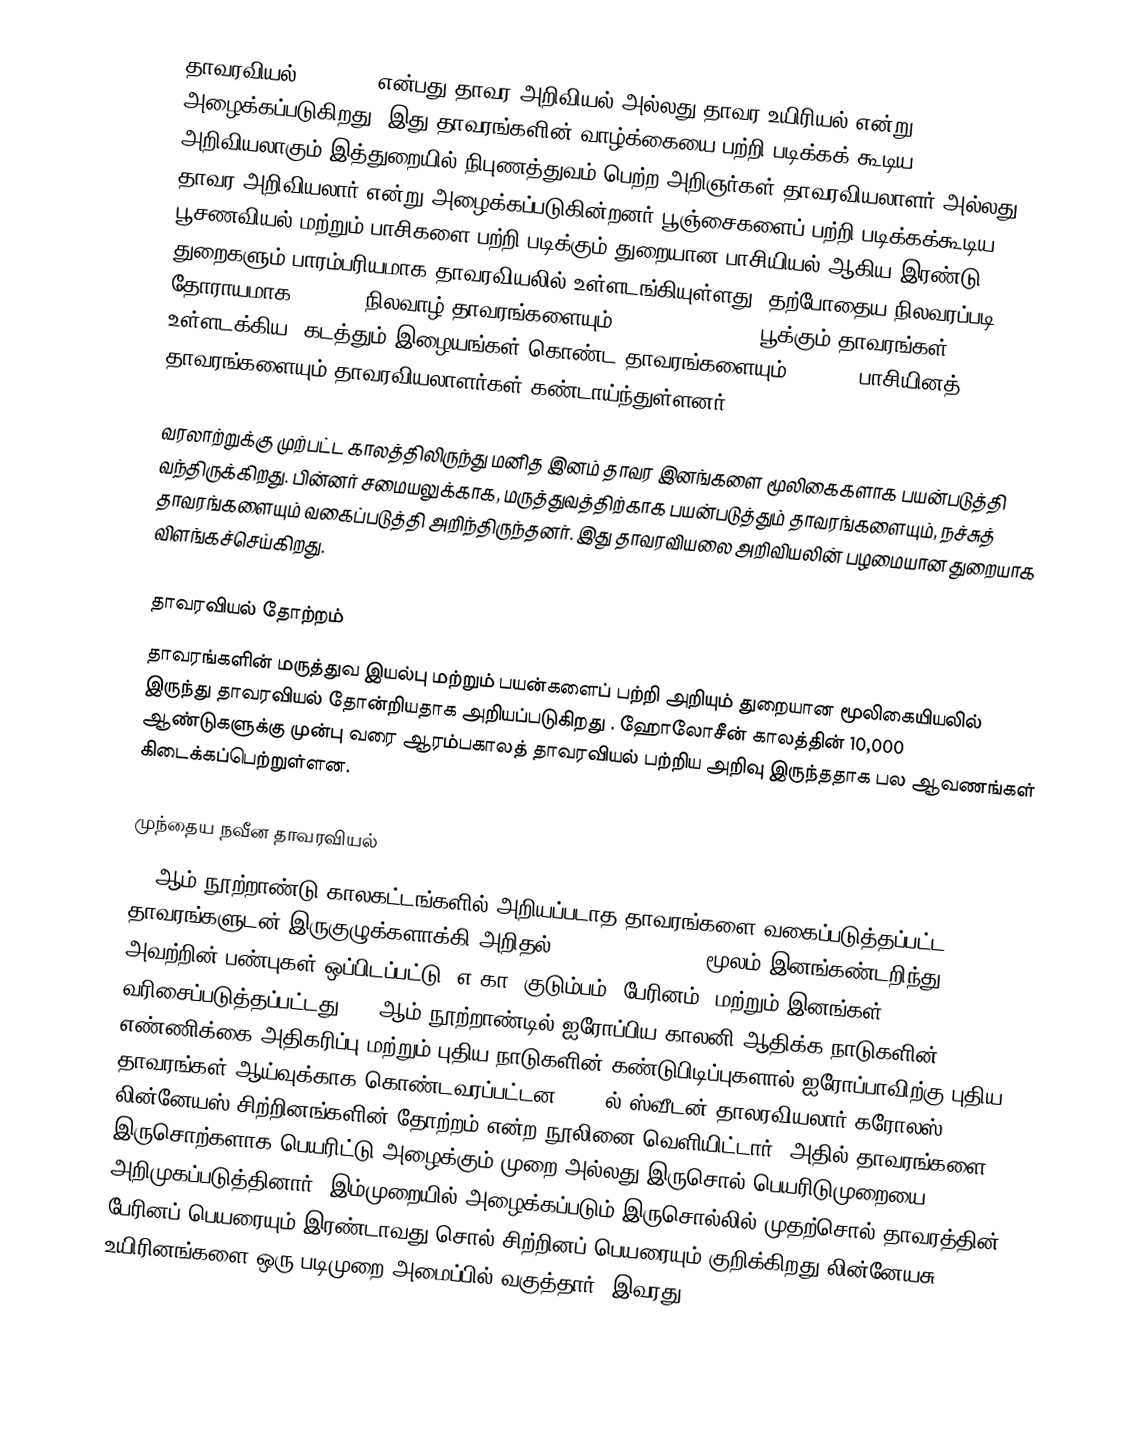
தாவரவியல் (Botany) என்பது தாவர அறிவியல் அல்லது தாவர உயிரியல் என்று அழைக்கப்படுகிறது. இது தாவரங்களின் வாழ்க்கையை பற்றி படிக்கக் கூடிய அறிவியலாகும்.இத்துறையில் நிபுணத்துவம் பெற்ற அறிஞர்கள் தாவரவியலாளர் அல்லது தாவர அறிவியலார் என்று அழைக்கப்படுகின்றனர்.பூஞ்சைகளைப் பற்றி படிக்கக்கூடிய பூசணவியல் மற்றும் பாசிகளை பற்றி படிக்கும் துறையான பாசியியல் ஆகிய இரண்டு துறைகளும் பாரம்பரியமாக தாவரவியலில் உள்ளடங்கியுள்ளது. தற்போதைய நிலவரப்படி தோராயமாக 410,000 நிலவாழ் தாவரங்களையும் 391,000 (369,000 பூக்கும் தாவரங்கள் உள்ளடக்கிய) கடத்தும் இழையங்கள் கொண்ட தாவரங்களையும், 20,000 பாசியினத் தாவரங்களையும் தாவரவியலாளர்கள் கண்டாய்ந்துள்ளனர்.

வரலாற்றுக்கு முற்பட்ட காலத்திலிருந்து மனித இனம் தாவர இனங்களை மூலிகைகளாக பயன்படுத்தி வந்திருக்கிறது. பின்னர் சமையலுக்காக, மருத்துவத்திற்காக பயன்படுத்தும் தாவரங்களையும், நச்சுத் தாவரங்களையும் வகைப்படுத்தி அறிந்திருந்தனர். இது தாவரவியலை அறிவியலின் பழமையான துறையாக விளங்கச்செய்கிறது.

தாவரவியல் தோற்றம்
தாவரங்களின் மருத்துவ இயல்பு மற்றும் பயன்களைப் பற்றி அறியும் துறையான மூலிகையியலில் இருந்து தாவரவியல் தோன்றியதாக அறியப்படுகிறது . ஹோலோசீன் காலத்தின் 10,000 ஆண்டுகளுக்கு முன்பு வரை ஆரம்பகாலத் தாவரவியல் பற்றிய அறிவு இருந்ததாக பல ஆவணங்கள் கிடைக்கப்பெற்றுள்ளன.

முந்தைய நவீன தாவரவியல்
18 ஆம் நூற்றாண்டு காலகட்டங்களில் அறியப்படாத தாவரங்களை வகைப்படுத்தப்பட்ட தாவரங்களுடன் இருகுழுக்களாக்கி அறிதல் (dichotomous key) மூலம் இனங்கண்டறிந்து அவற்றின் பண்புகள் ஒப்பிடப்பட்டு (எ.கா. குடும்பம், பேரினம், மற்றும் இனங்கள்) வரிசைப்படுத்தப்பட்டது .18 ஆம் நூற்றாண்டில் ஐரோப்பிய காலனி ஆதிக்க நாடுகளின் எண்ணிக்கை அதிகரிப்பு மற்றும் புதிய நாடுகளின் கண்டுபிடிப்புகளால் ஐரோப்பாவிற்கு புதிய தாவரங்கள் ஆய்வுக்காக கொண்டவரப்பட்டன.1753 ல் ஸ்வீடன் தாலரவியலார் கரோலஸ் லின்னேயஸ் சிற்றினங்களின் தோற்றம் என்ற நூலினை வெளியிட்டார். அதில் தாவரங்களை இருசொற்களாக பெயரிட்டு அழைக்கும் முறை அல்லது இருசொல் பெயரிடுமுறையை அறிமுகப்படுத்தினார். இம்முறையில் அழைக்கப்படும் இருசொல்லில் முதற்சொல் தாவரத்தின் பேரினப் பெயரையும் இரண்டாவது சொல் சிற்றினப் பெயரையும் குறிக்கிறது லின்னேயசு உயிரினங்களை ஒரு படிமுறை அமைப்பில் வகுத்தார். இவரது